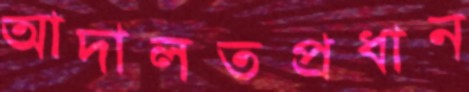
আদালতপ্রধান